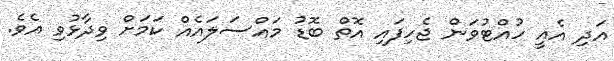
އަދި އެއީ ހުއްޓުވަން ޖެހިފައި އޮތް ބޮޑު މައްސަލައެއް ކަމަށް ވިދާޅުވި އެވެ.